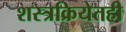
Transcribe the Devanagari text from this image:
शस्त्रक्रियेतही